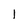
Character: l